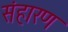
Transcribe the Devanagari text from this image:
संहारण